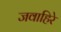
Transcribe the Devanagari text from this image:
जवाहिरे